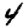
Digit: 4